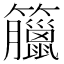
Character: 𥸆